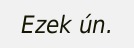
Ezek ún.